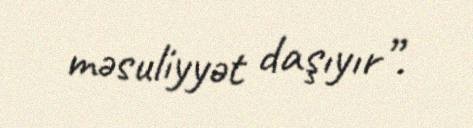
məsuliyyət daşıyır”.